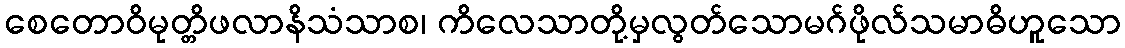
စေတောဝိမုတ္တိဖလာနိသံသာစ၊ ကိလေသာတို့မှလွတ်သောမဂ်ဖိုလ်သမာဓိဟူသော